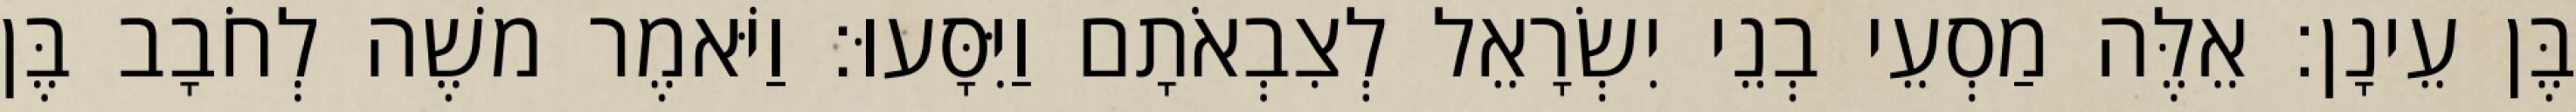
בֶּן עֵינָן׃ אֵלֶּה מַסְעֵי בְנֵי יִשְׂרָאֵל לְצִבְאֹתָם וַיִּסָּעוּ׃ וַיֹּאמֶר משֶׁה לְחֹבָב בֶּן